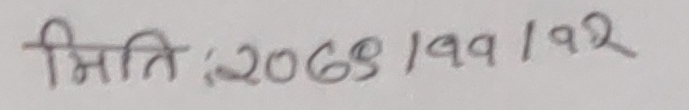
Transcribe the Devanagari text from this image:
मिति: २०७९/१/१२